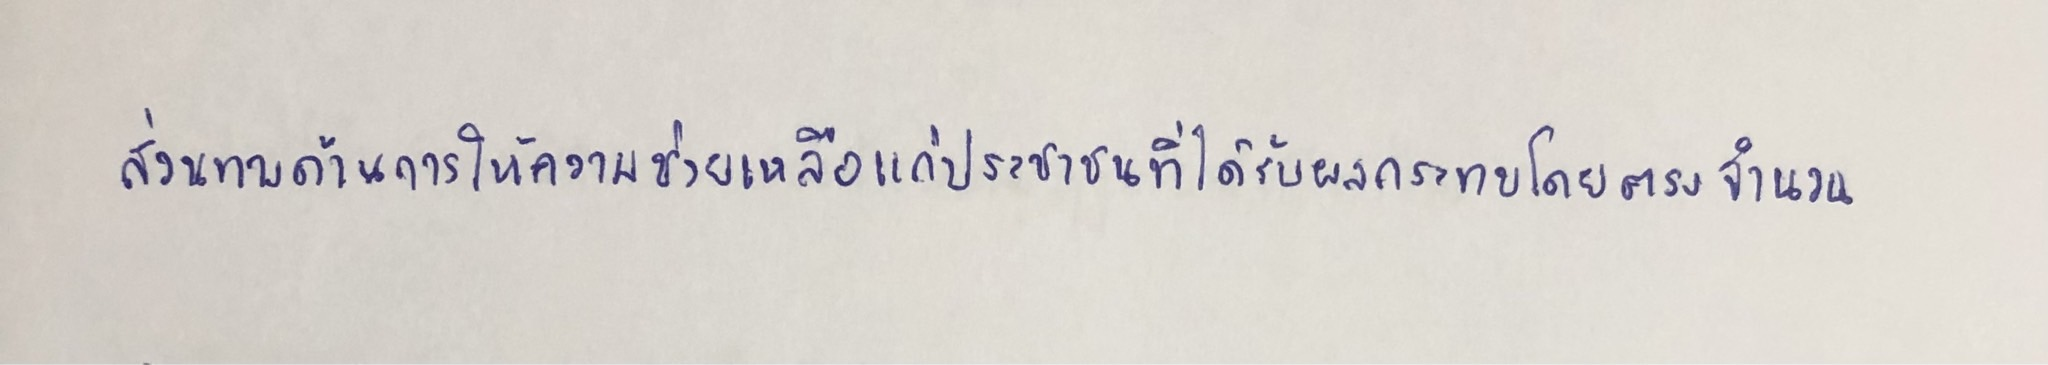
ส่วนทางด้านการให้ความช่วยเหลือแก่ประชาชนที่ได้รับผลกระทบโดยตรงจำนวน